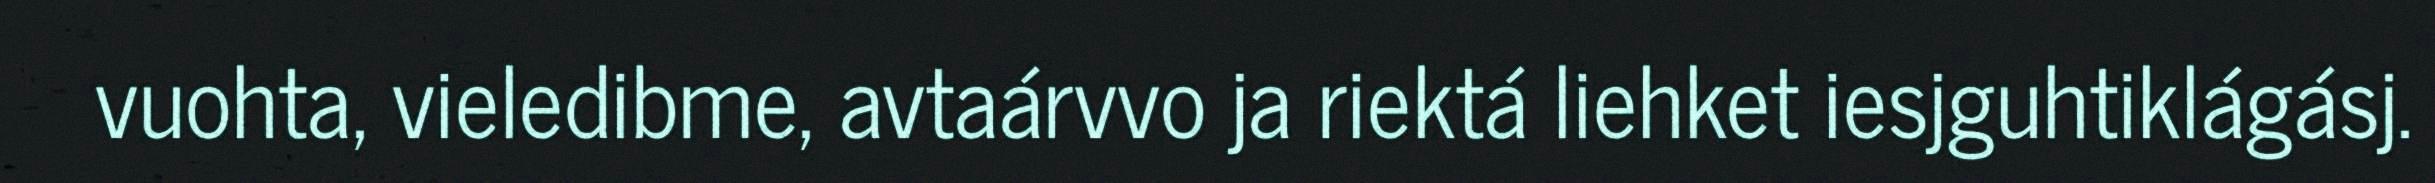
vuohta, vieledibme, avtaárvvo ja riektá liehket iesjguhtiklágásj.